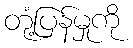
တုံ့ပြန်မှုကို